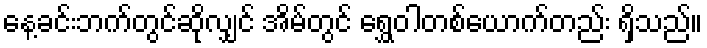
နေ့ခင်းဘက်တွင်ဆိုလျှင် အိမ်တွင် ရွှေဝါတစ်ယောက်တည်း ရှိသည်။